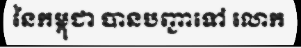
នៃកម្ពុជា បានបញ្ជាទៅ លោក